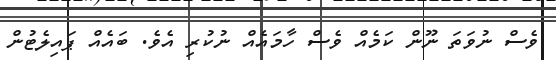
ވެސް ނުވަތަ ނޫން ކަމެއް ވެސް ހާމައެއް ނުކުރި އެވެ. ބައެއް ޕައިލެޓުން